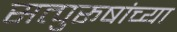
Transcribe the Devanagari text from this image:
सत्पुरूषांच्या